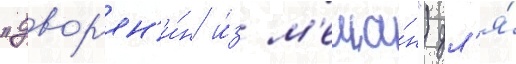
"двор'ян'и́н и́з м'еща́н") дл'я́